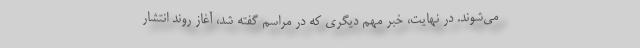
می‌شوند. در نهایت، خبر مهم دیگری که در مراسم گفته شد، آغاز روند انتشار